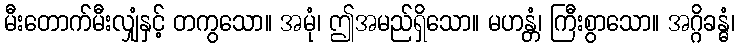
မီးတောက်မီးလျှံနှင့် တကွသော။ အမုံ၊ ဤအမည်ရှိသော။ မဟန္တံ၊ ကြီးစွာသော။ အဂ္ဂိခန္ဓံ၊